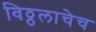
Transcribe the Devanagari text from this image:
विठ्ठलाचेच